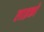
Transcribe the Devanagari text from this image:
लाइको